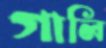
গালি